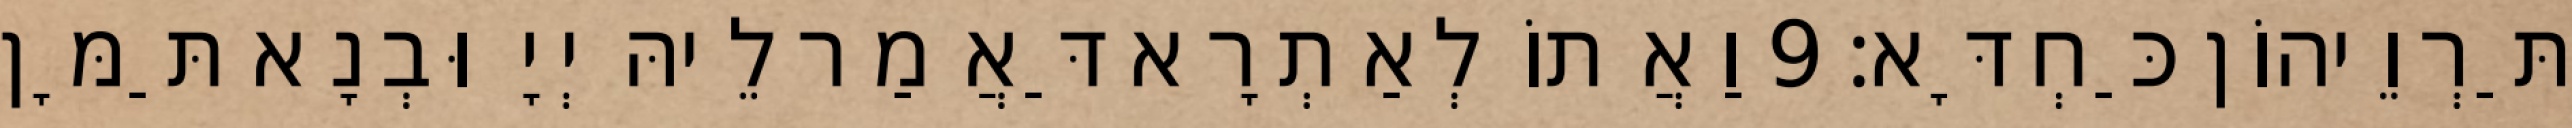
תַּרְוֵיהוֹן כַּחְדָּא׃ 9 וַאֲתוֹ לְאַתְרָא דַּאֲמַר לֵיהּ יְיָ וּבְנָא תַּמָּן